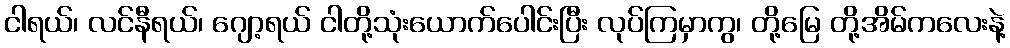
ငါရယ်၊ လင်နီရယ်၊ ဂျော့ရယ် ငါတို့သုံးယောက်ပေါင်းပြီး လုပ်ကြမှာကွ၊ တို့မြေ တို့အိမ်ကလေးနဲ့